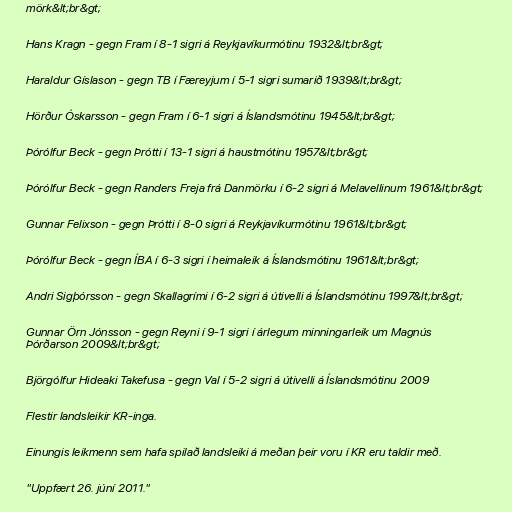
mörk&lt;br&gt;

Hans Kragn - gegn Fram í 8-1 sigri á Reykjavíkurmótinu 1932&lt;br&gt;

Haraldur Gíslason - gegn TB í Færeyjum í 5-1 sigri sumarið 1939&lt;br&gt;

Hörður Óskarsson - gegn Fram í 6-1 sigri á Íslandsmótinu 1945&lt;br&gt;

Þórólfur Beck - gegn Þrótti í 13-1 sigri á haustmótinu 1957&lt;br&gt;

Þórólfur Beck - gegn Randers Freja frá Danmörku í 6-2 sigri á Melavellinum 1961&lt;br&gt;

Gunnar Felixson - gegn Þrótti í 8-0 sigri á Reykjavíkurmótinu 1961&lt;br&gt;

Þórólfur Beck - gegn ÍBA í 6-3 sigri í heimaleik á Íslandsmótinu 1961&lt;br&gt;

Andri Sigþórsson - gegn Skallagrími í 6-2 sigri á útivelli á Íslandsmótinu 1997&lt;br&gt;

Gunnar Örn Jónsson - gegn Reyni í 9-1 sigri í árlegum minningarleik um Magnús
Þórðarson 2009&lt;br&gt;

Björgólfur Hideaki Takefusa - gegn Val í 5-2 sigri á útivelli á Íslandsmótinu 2009

Flestir landsleikir KR-inga.

Einungis leikmenn sem hafa spilað landsleiki á meðan þeir voru í KR eru taldir með.

"Uppfært 26. júní 2011."